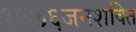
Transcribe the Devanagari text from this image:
१९७६जनशक्ति